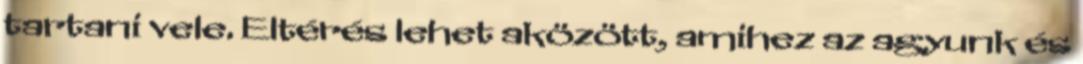
tartani vele. Eltérés lehet aközött, amihez az agyunk és